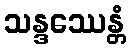
သန္ဒဿေန္တံ